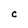
Character: C